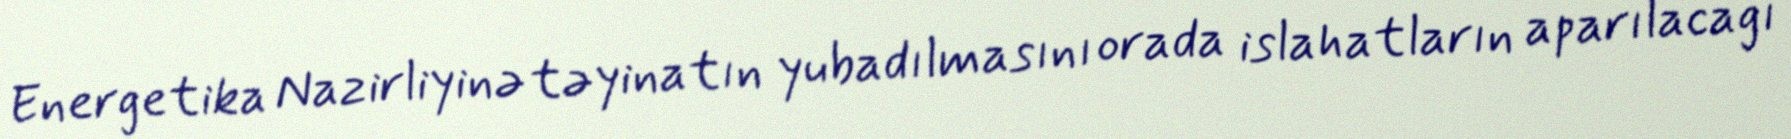
Energetika Nazirliyinə təyinatın yubadılmasını orada islahatların aparılacağı